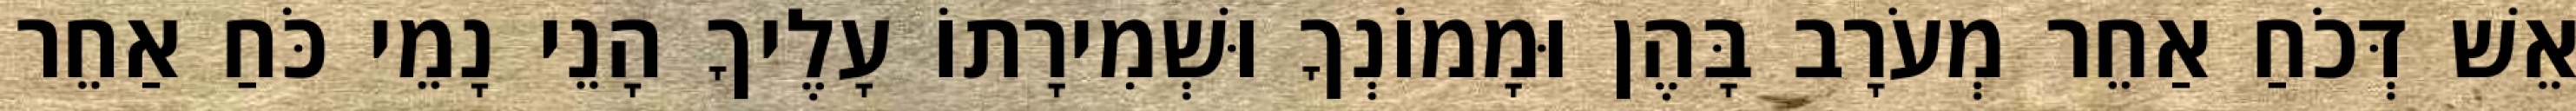
אֵשׁ דְּכֹחַ אַחֵר מְעֹרָב בָּהֶן וּמָמוֹנְךָ וּשְׁמִירָתוֹ עָלֶיךָ הָנֵי נָמֵי כֹּחַ אַחֵר